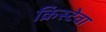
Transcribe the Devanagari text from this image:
क्रिस्टेवा